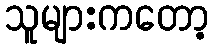
သူများကတော့